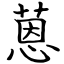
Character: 蒽